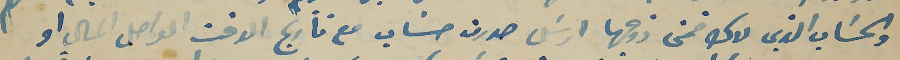
والحسَاب الذي لاك ضمن زوجها ارسَل صورت حسَاب مع تأريج الوقت الواصل المال او